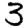
Digit: 3